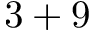
3 + 9